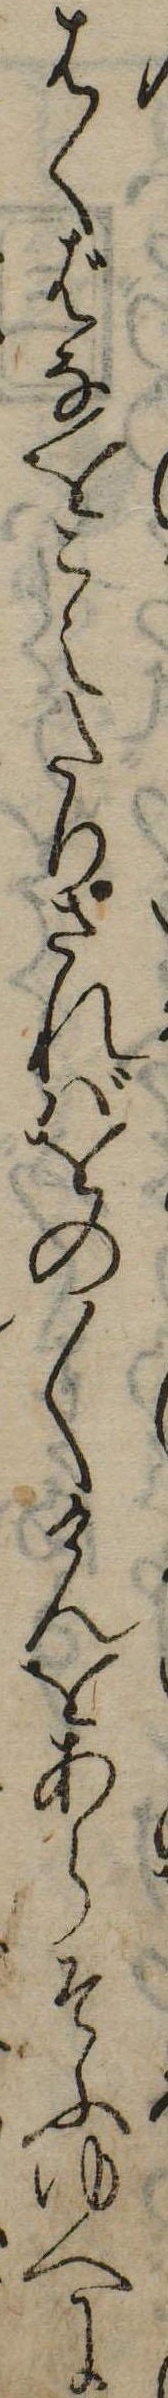
はくばなをこえたりさればをの〱けんをあらそふゆへに